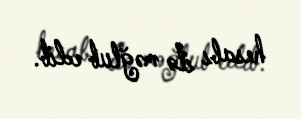
hesabı ilə məğlub edib.